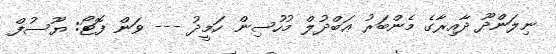
ނިލަންދޫ ދާއިރާގެ މެންބަރު ޢަބްދުލް މުހުސިން ހަމީދު --- ވަން ފޮޓޯ: ޔޫސުފް